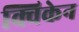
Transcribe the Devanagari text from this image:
क्विकेन